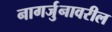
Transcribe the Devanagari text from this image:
नागर्जुनावरील